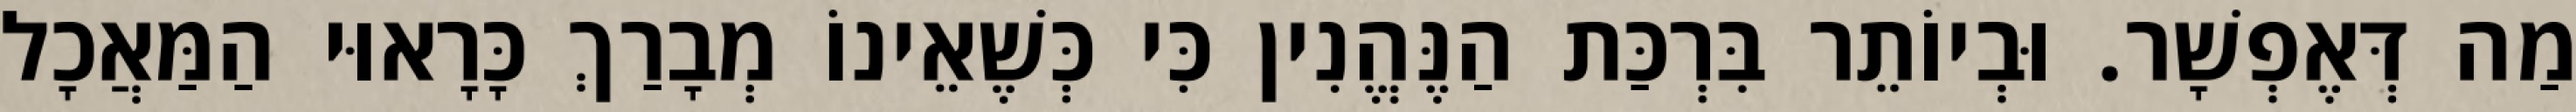
מַה דְּאֶפְשָׁר. וּבְיוֹתֵר בִּרְכַּת הַנֶּהֱנִין כִּי כְּשֶׁאֵינוֹ מְבָרַךְ כָּרָאוּי הַמַּאֲכָל